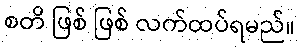
စတိ ဖြစ် ဖြစ် လက်ထပ်ရမည်။